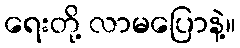
ရေးတို့ လာမပြောနဲ့။